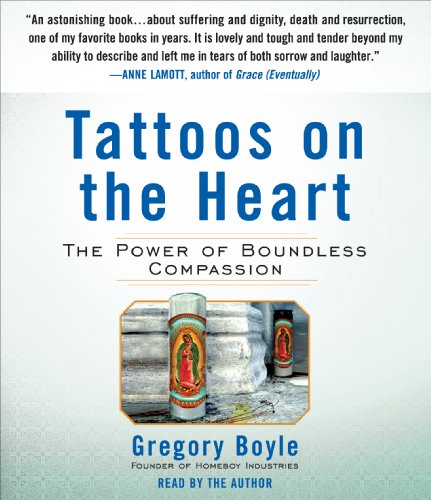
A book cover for Tattoos on the Heart: The Power of Boundless Compassion; Gregory Boyle; Christian Books & Bibles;